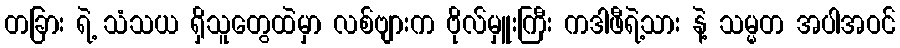
တခြား ရဲ့ သံသယ ရှိသူတွေထဲမှာ လစ်ဗျားက ဗိုလ်မှူးကြီး ကဒါဖီရဲ့သား နဲ့ သမ္မတ အပါအဝင်